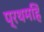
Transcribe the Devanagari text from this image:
प्रथमहिं